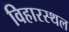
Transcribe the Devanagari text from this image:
विहारस्थल